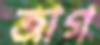
জাগ